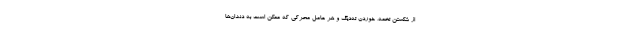
از شکستن تخمه، خوردن ته‌دیگ و هر عامل محرکی که ممکن است به دندان‌ها